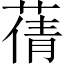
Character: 蒨